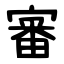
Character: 審